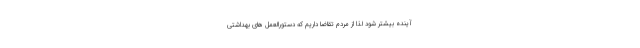
آینده بیشتر شود لذا از مردم تقاضا داریم که دستورالعمل های بهداشتی